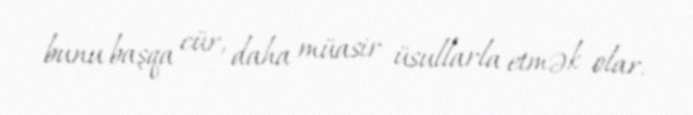
bunu başqa cür, daha müasir üsullarla etmək olar.